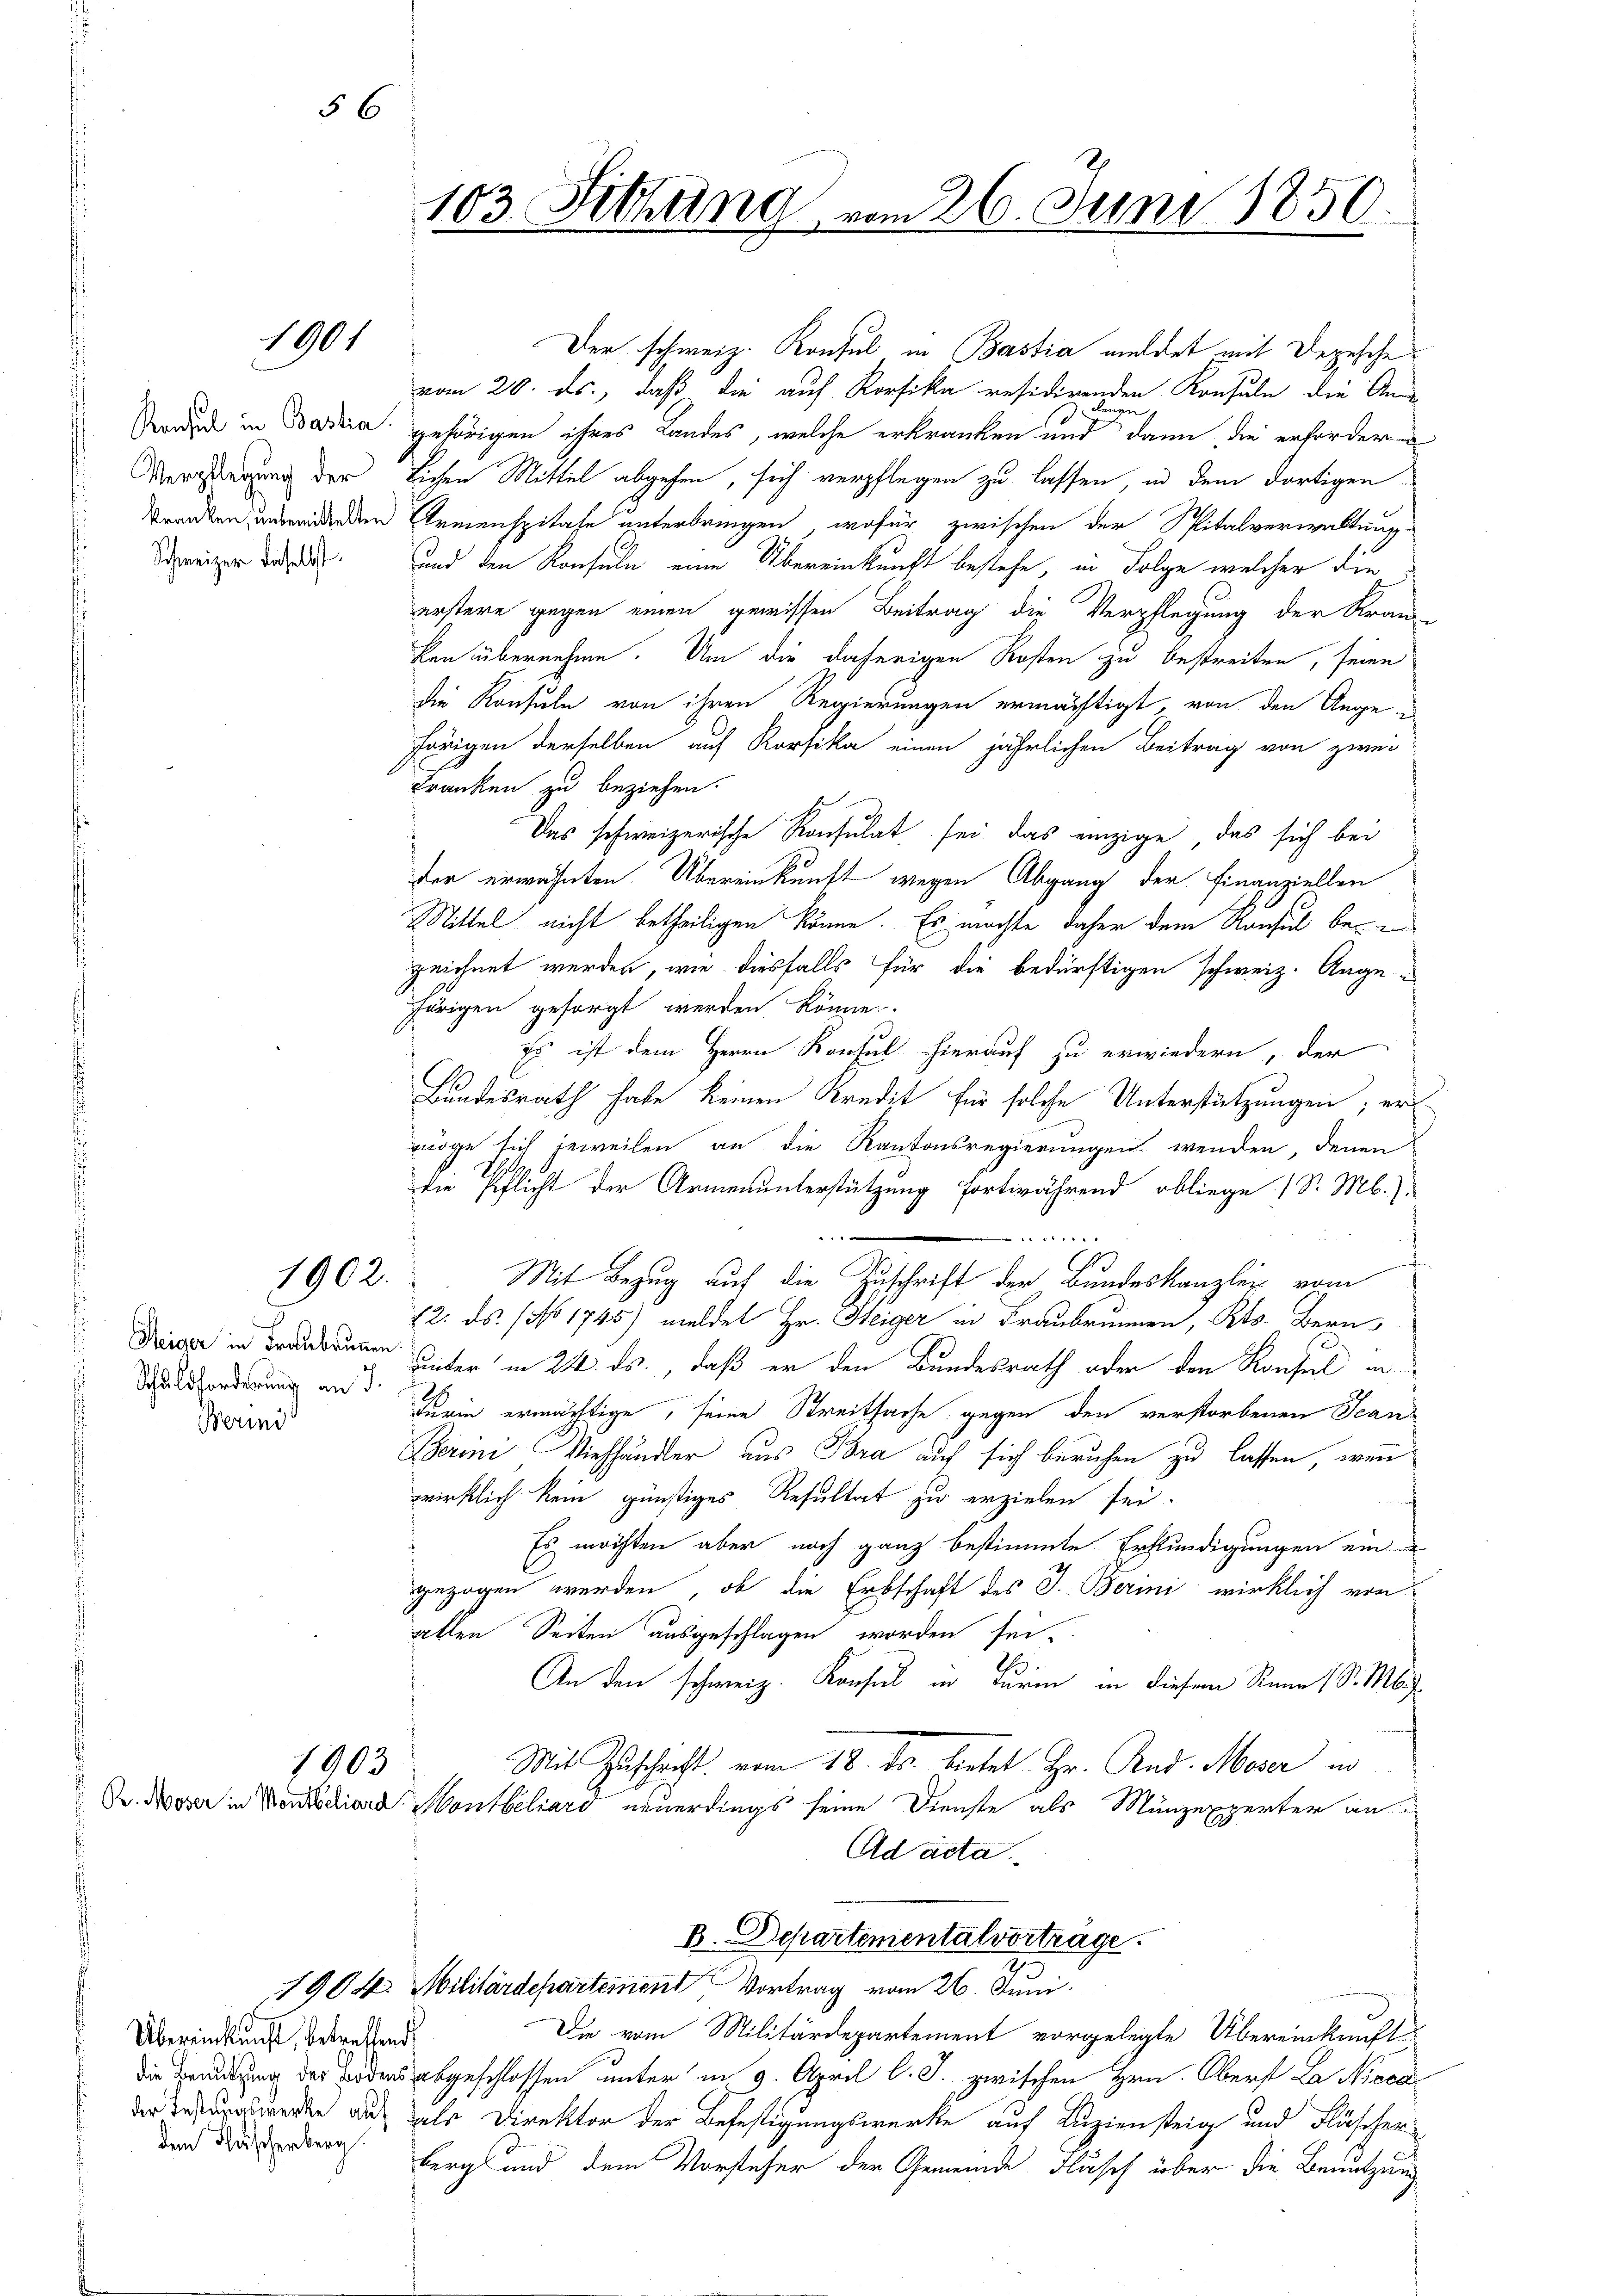
Verpflegung der
Schweizer daselbst.

Reiger in Freubrunnen.
Schuldforderung an J.

Merini

1901

56

1902.

1903

Übereinkunft, betreffend
dem Fläscherberg.

103. Sitzung vom 26. Juni 1850.

Der schweiz. Konsul in Bastia meldet mit Depesche
vom 20. ds., daß die auf Korfika residirenden Konsuln die An-
denen g
Baden in Badia gehörigen ihres Landes, welche erkranken und dann die erfordern
lichen Mittel abgehen, sich verpflegen zu lassen, in dem dortigen
tranken unwoddenden Armenspitale unterbringen, wofür zwischen der Spitalverwaltung
und den Konsuln eine Übereinkunft bestehe, in Folge welcher die
erstere gegen einen gewissen Beitrag die Verpflegung der Kran-
ken übernehme. Um die daherigen Kosten zu bestreiten, seine
die Konsuln von ihren Regierungen ermächtigt, von den Auge e
hörigen derselben auf Korsika einen jährlichen Beitrag von zwei
Franken zu beziehen.
Das schweizerische Konsulat sei das einzige, das sich bei
der erwähnten. Übereinkunft wegen Abgang der Finanziellen
Mittel nicht betheiligen könne. Es möchte daher dem Konsul be-
zeichnet werden, wie diesfalls für die bedürftigen schweiz. Ange-
hörigen gesorgt werden könne.
Es ist dem Herrn Konsul hierauf zu erwiedern, der
Bundesrath habe keinen Kredit für solche Unterstützungen; er
möge sich jeweilen an die Kantonsregierungen wenden, denen
die Pflicht der Armenunterstützung fortwährend obliege 1 S. M.)
 44
Mit Bezug auf die Zuschrift der Bundeskanzlei vom
12. ds. (No 1745) meldet Hr. Heiger in Fraubrunnen, Kts. Bern
unter in 24. ds., daß er den Bundesrath oder den Konsul in
26
Turin ermächtige, seine Streitsache gegen den verstorbenen Jean
Berini Viehhändler aus Bra auf sich beruhen zu lassen, wenn
wirklich kein günstiges Resultat zu erzielen sei.
Es möchten aber nach ganz bestimmte Erkundigungen ein
gezogen werden, ob die Erbschaft des J. Berini wirklich von
allen Seiten ausgeschlagen worden sei.
Th.
An den schweiz. Konsul in Turm in diesem Rinn (S. M.
Mit Zuschicht vom 18. ds. bietet Hr. And. Moser in
Dr. Moser in Mentodiara Montbeliars neuerdings seine Dienste als Münzexperter an
Ad acta
B. Departementalvorträge.
5
1904. Militärdepartemend Vortrag vom 26. Juni.
Die vom Militärdepartement vorgelegte Übereinkunft
irung des Bodens abgeschlossen unter in 9. April l. J. zwischen Hrn. Oberst La Niecader Truroswerke aus als Direktor der Befestigungswerke auf Luziensteig und Fläscherberg und dem Vorsteher der Gemeinde Flasch über die Benutzung